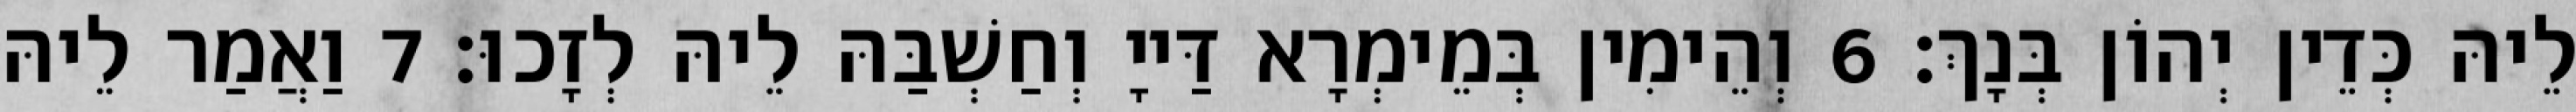
לֵיהּ כְּדֵין יְהוֹן בְּנָךְ׃ 6 וְהֵימִין בְּמֵימְרָא דַּייָ וְחַשְׁבַּהּ לֵיהּ לְזָכוּ׃ 7 וַאֲמַר לֵיהּ